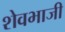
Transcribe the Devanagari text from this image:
शेवभाजी